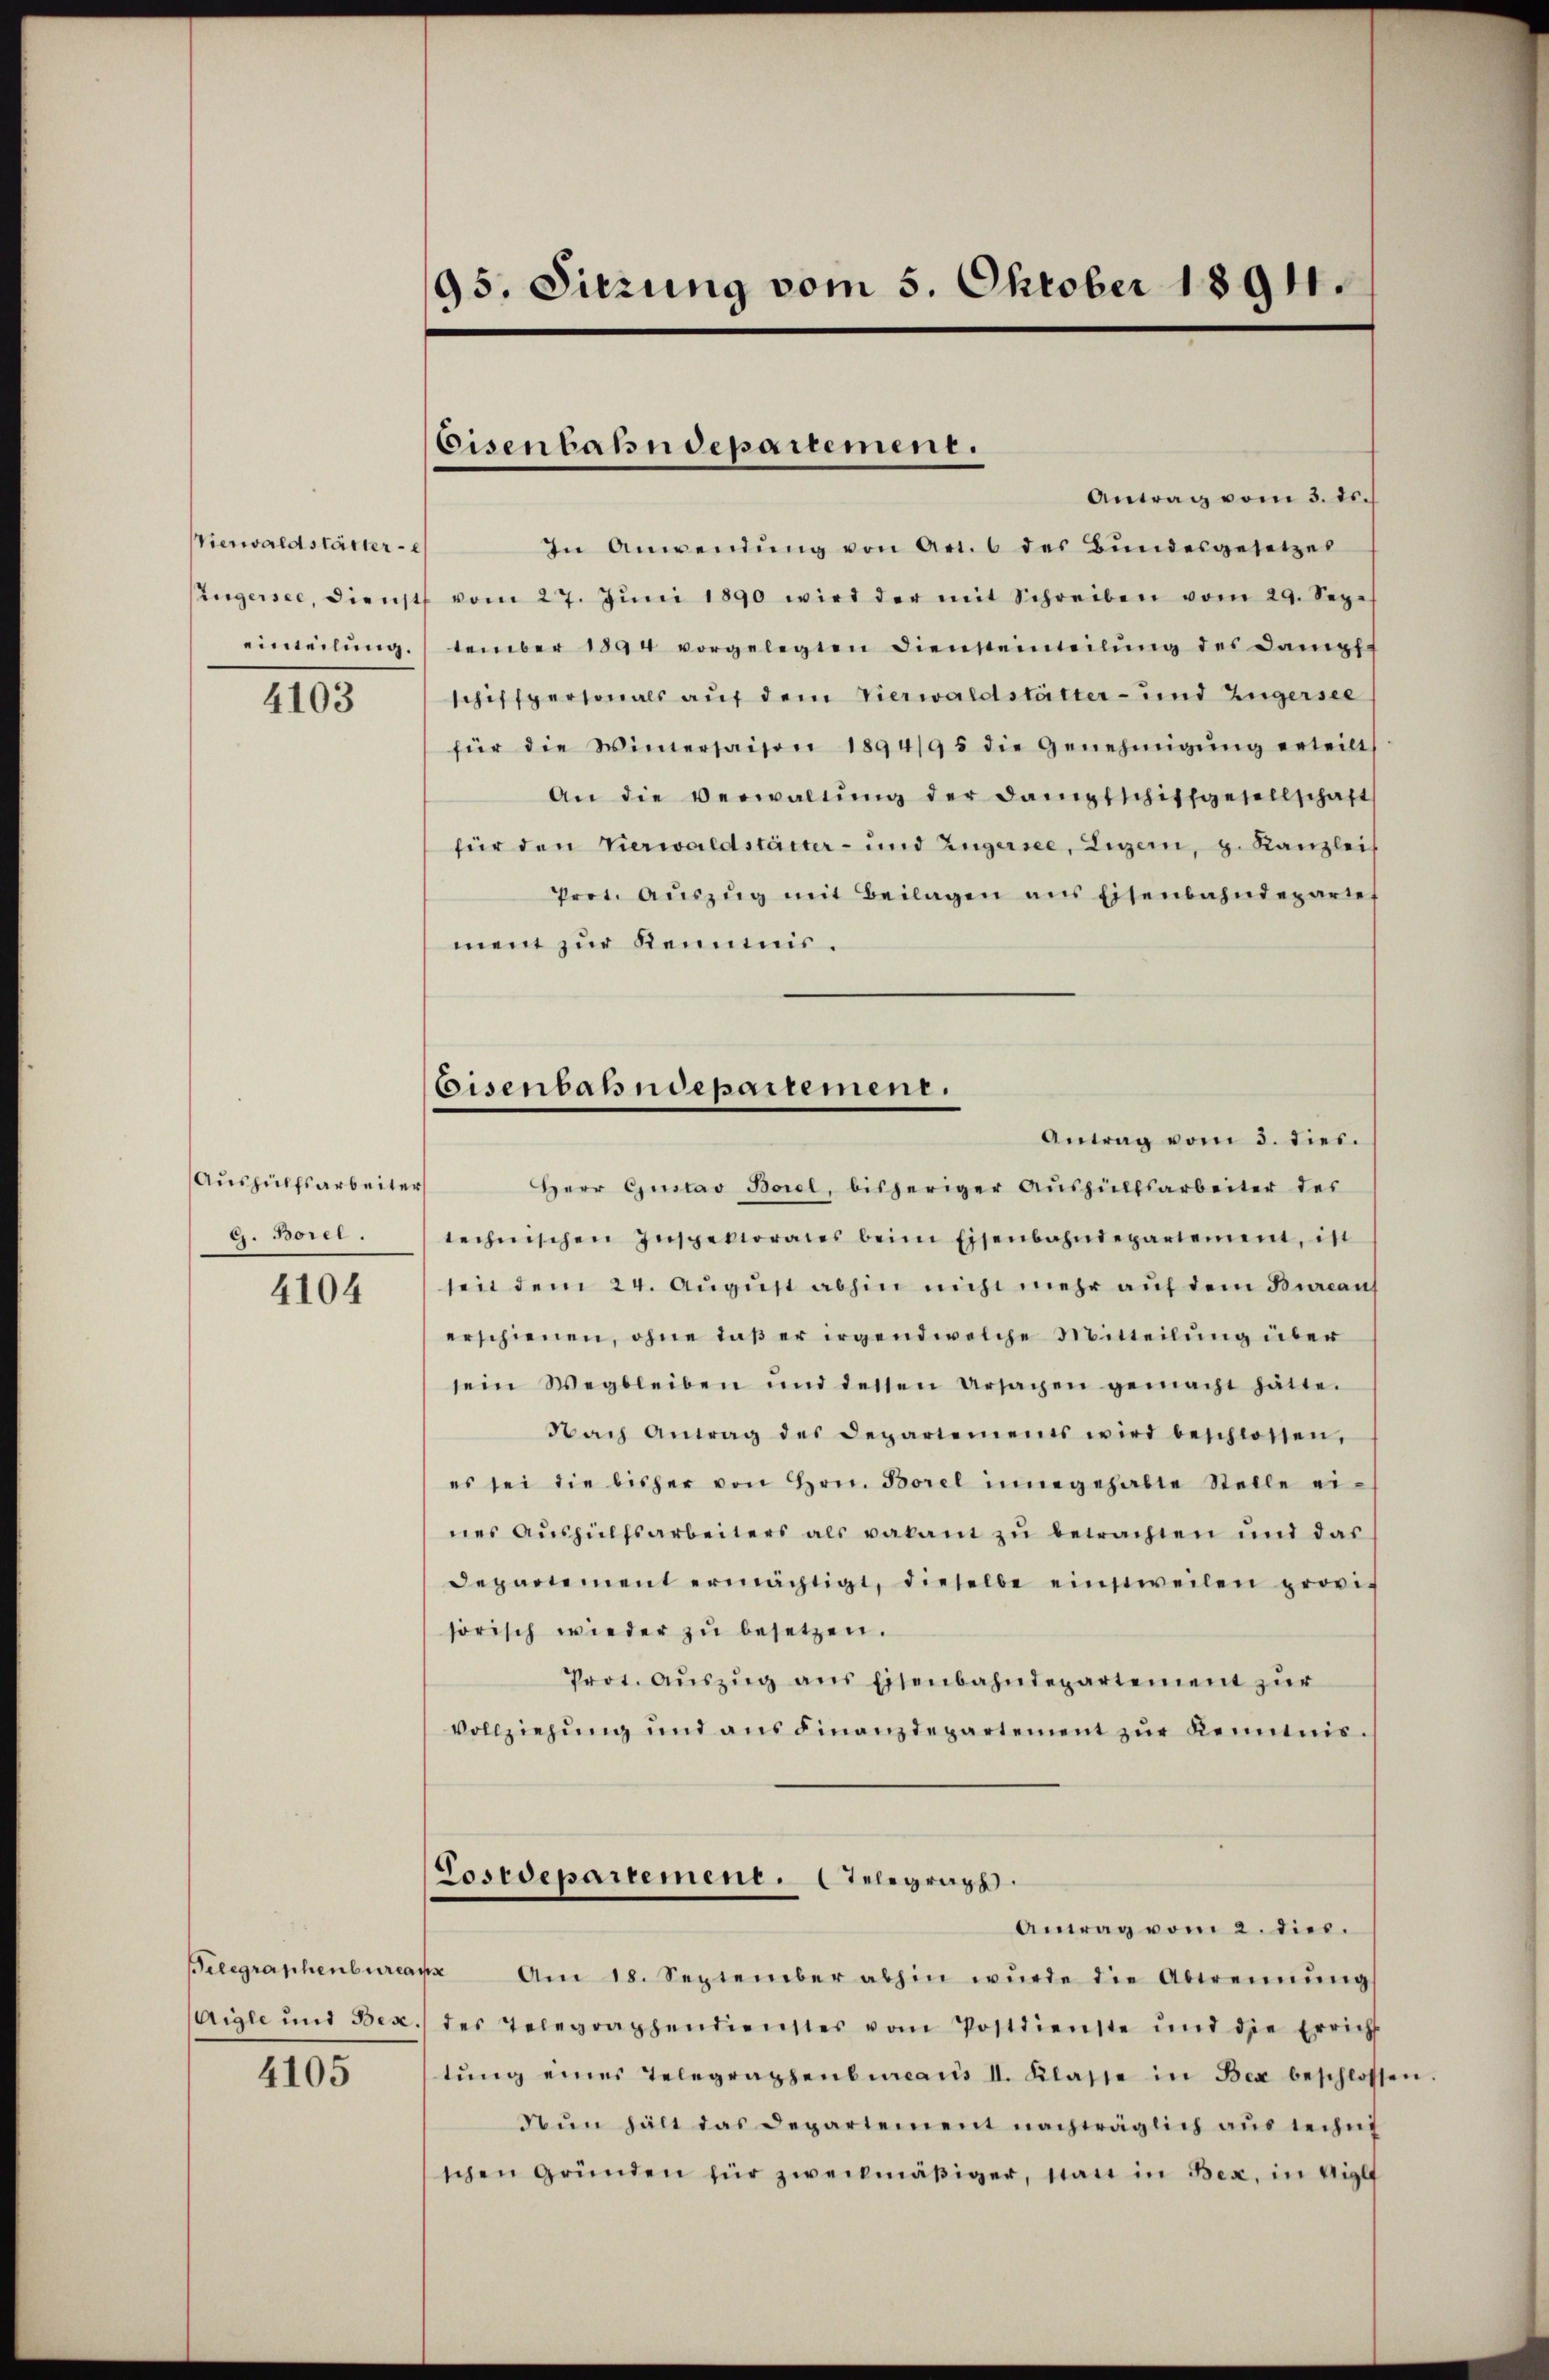
Vierwaldstätter e
Zugersee, dienst
einheilung.

4103

Aushülfsarbeiter
G. Borel.

4104

Belegraphenburea
Aigle und Bez.

4105

95. Sitzung vom 5. Oktober 1894.

Eisenbahndepartement.

Eisenbahndepartement.
Antrag vom 3. dies.

Antrag vom 3. ds.
In Anwendŭng von Art. 6 des Bŭndesgesetzes
vom 27. Jŭni 1890 wird der mit Schreiben vom 29. Sep.
tember 1894 vorgelegten Diensteinteilŭng des Dampfs
schifspersonals auf dem Vierwaldstätter- und Zugersee
für die Wimersaison 1894/95 die Genehmigŭng erteilt
An die Verwaltŭng der Dampfschiffgesellschaft
für den Vierwaldstätter- und Zugersee, Zigern, z. Kanzlei
Prot. Aŭszŭg mit Beilagen ans Eisenbahndeparte
ment zur Kenntnis.
Herr Gustav Borel, bisheriger Aushülfsarbeiter des
technischen Inspektorates beim Eisenbahndepartement, ist
seit dem 24. August abhin nicht mehr auf dem Bureaus
erschienen, ohne daβ er irgendwelche Mitteilung über
sein Wegbleiben und dessen Ursachen gemacht hätte.
Nach Antrag des Departements wird beschlossen,
es sei die bisher von Hrn. Borel innegehabte Stelle ei-
nes Aŭshülfsarbeiters als vakant zu betrachten und das
Departement ermächtigt, dieselbe einstweilen provisorisch wieder zŭ besetzen.
Prot. Aŭszŭg ans Eisenbahndepartement zur
Vollziehŭng und ans Finanzdepartement zŭr Kenntnis.
Postdepartement. Telegraph.
Antrag vom 2. dies.
s
Am 18. September abhin würde die Abtrennung
des Telegraphendienstes vom Postdienste und die Erricht
tŭng eines Telegraphenbureaus II. Klasse in Bex beschlosse
Nun hält das Departement nachträglich aus techn
schen Gründen für zweckmäßiger, stan in Bex, in Aigl